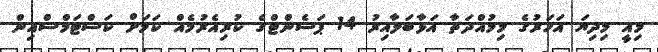
މިއީ މިދިޔަ އަހަރުގެ މިމުއްދަތާ އަޅާބަލާއިރު 14 ޕަސެންޓްގެ ކުރިއެރުމެއް ކަމަށް ކަސްޓަމްސްއިން